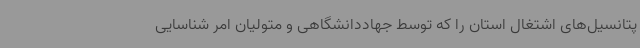
پتانسیل‌های اشتغال استان را که توسط جهاددانشگاهی و متولیان امر شناسایی